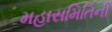
મહાસમિતિની